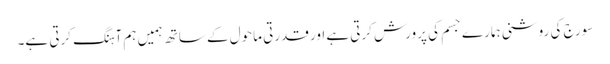
سورج کی روشنی ہمارے جسم کی پرورش کرتی ہے اور قدرتی ماحول کے ساتھ ہمیں ہم آہنگ کرتی ہے۔